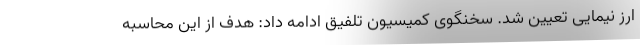
ارز نیمایی تعیین شد. سخنگوی کمیسیون تلفیق ادامه داد: هدف از این محاسبه